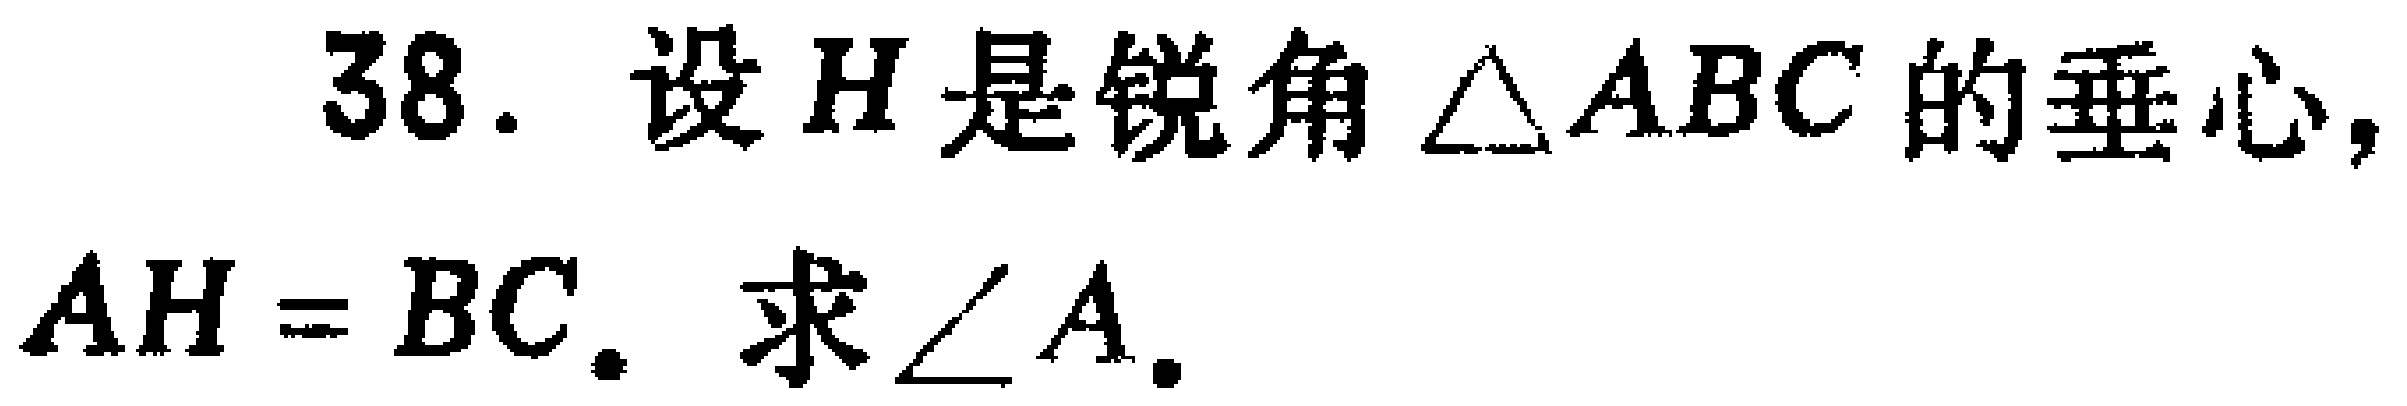
38. 设\(H\)是锐角\(\triangle ABC\)的垂心，\(AH = BC\). 求\(\angle A\).